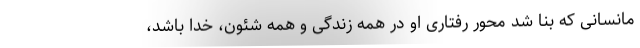
مانسانی که بنا شد محور رفتاری او در همه زندگی و همه شئون، خدا باشد،